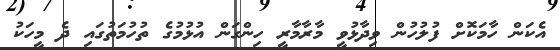
އެކަން ހާމަކޮށް ފުލުހުން ވިދާޅުވީ މާރާމާރީ ހިންގަން އުޅުމުގެ ތުހުމަތުގައި ދެ މީހަކު